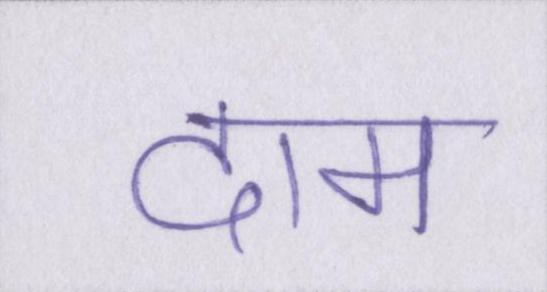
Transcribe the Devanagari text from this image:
दाम